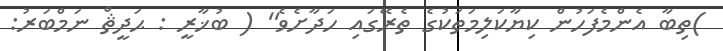
)ތިބާ އެންމެފަހުން ކިޔާކަލިމަތަކުގެ ތެރޭގައި ހަދާށެވެ'' ( ބުޚާރީ : ޙަދީޘް ނަމްބަރު: